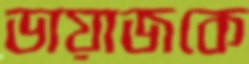
ডায়াজকে